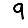
Digit: 9